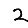
Digit: 2